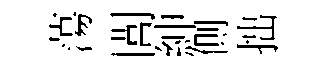
蕩閭紳側拙